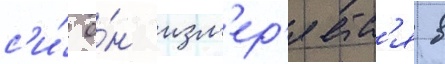
с'и́ о́н изм'ер'яетс'я в